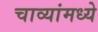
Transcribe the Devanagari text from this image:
चाव्यांमध्ये